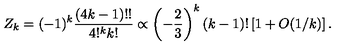
Z _ { k } = ( - 1 ) ^ { k } { \frac { ( 4 k - 1 ) ! ! } { 4 ! ^ { k } k ! } } \propto \left( - { \frac { 2 } { 3 } } \right) ^ { k } ( k - 1 ) ! \left[ 1 + O ( 1 / k ) \right] .